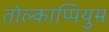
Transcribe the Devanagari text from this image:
तोल्काप्पियुम